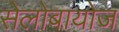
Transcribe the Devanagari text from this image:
सेलोबायोज